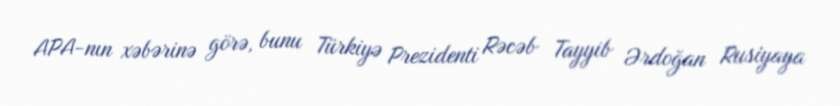
APA-nın xəbərinə görə, bunu Türkiyə Prezidenti Rəcəb Tayyib Ərdoğan Rusiyaya